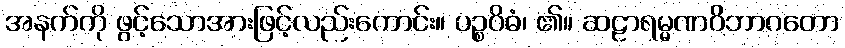
အနက်ကို ဖွင့်သောအားဖြင့်လည်းကောင်း။ ပဉ္စဝိဓံ၊ ၏။ ဆဠာရမ္မဏဝိဘာဂတော